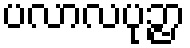
ပလာလပုဉ္ဇာ